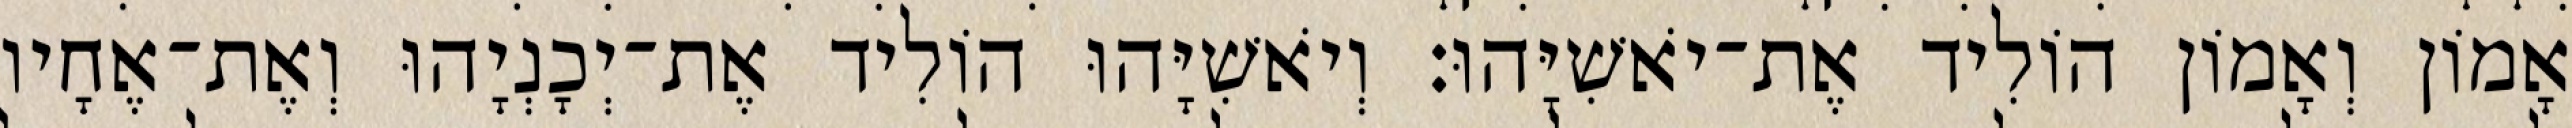
אָמוֹן וְאָמוֹן הוֹלִיד אֶת־יֹאשִׁיָּהוּ׃ וְיֹאשִׁיָּהוּ הוֹלִיד אֶת־יְכָנְיָהוּ וְאֶת־אֶחָיו